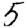
Digit: 5